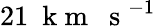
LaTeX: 21~\mathrm{~k~m~~~s~}^{-1}